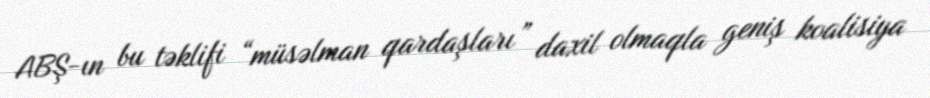
ABŞ-ın bu təklifi “müsəlman qardaşları” daxil olmaqla geniş koalisiya